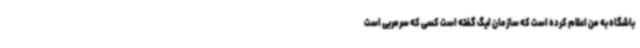
باشگاه به من اعلام کرده است که سازمان لیگ گفته است کسی که سرمربی است